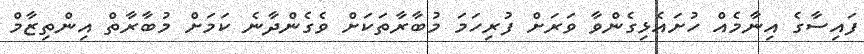
ފައިސާގެ އިނާމެއް ހުށައެޅިގެންވާ ވަރަށް ފުރިހަމަ މުބާރާތަކަށް ވެގެންދާނެ ކަމަށް މުބާރާތް އިންތިޒާމް